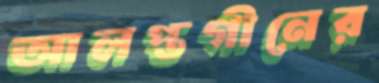
আলপ্তগীনের